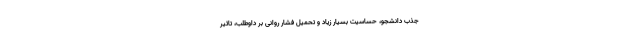
جذب دانشجو، حساسیت بسیار زیاد و تحمیل فشار روانی بر داوطلب، تاثیر